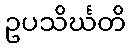
ဥပသိင်္ဃတိ